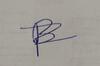
Signature authenticity: forged